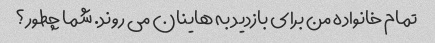
تمام خانواده من برای بازدید به هاینان می روند. شما چطور؟